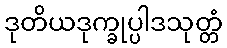
ဒုတိယဒုက္ခုပ္ပါဒသုတ္တံ